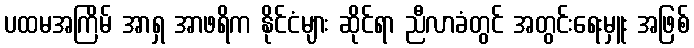
ပထမအကြိမ် အာရှ အာဖရိက နိုင်ငံများ ဆိုင်ရာ ညီလာခံတွင် အတွင်းရေးမှူး အဖြစ်